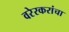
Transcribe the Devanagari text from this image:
वरेरकरांचा